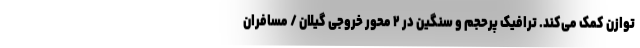
توازن کمک می‌کند. ترافیک پرحجم و سنگین در ۲ محور خروجی گیلان / مسافران